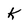
Character: K